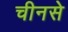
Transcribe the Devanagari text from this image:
चीनसे